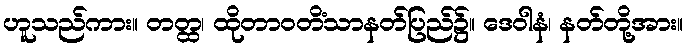
ဟူသည်ကား။ တတ္ထ၊ ထိုတာဝတိံသာနတ်ပြည်၌။ ဒေဝါနံ၊ နတ်တို့အား။